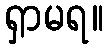
ရှာမရ။